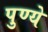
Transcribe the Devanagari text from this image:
पुण्ये